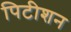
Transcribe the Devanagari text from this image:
पिटीशन